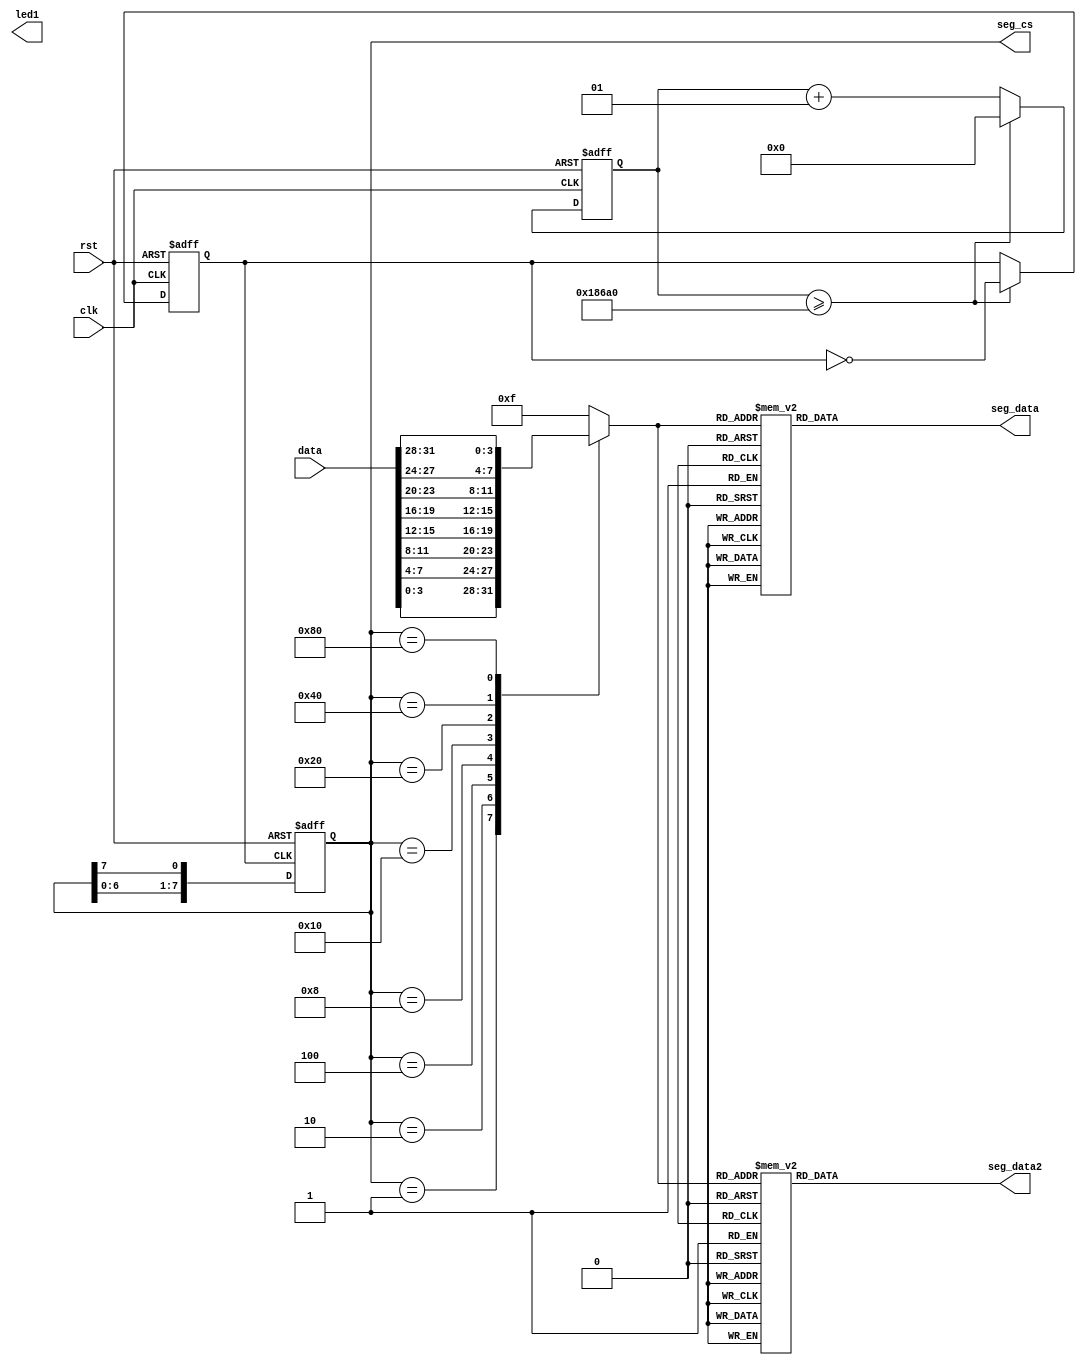
`timescale 1ns / 1ps
//////////////////////////////////////////////////////////////////////////////////
// Company: 
// Engineer: 
// 
// Design Name: 
// Module Name: number
// Project Name: 
// Target Devices: 
// Tool Versions: 
// Description: 
// 
// Dependencies: 
// 
// Revision:
// Revision 0.01 - File Created
// Additional Comments:
// 
//////////////////////////////////////////////////////////////////////////////////


module number(
    input   clk,rst,
    input   [31:0]data,
    output reg[7:0]seg_data,
    output reg[7:0]seg_data2,
    output reg[7:0]seg_cs,
    output  reg[5:0]led1
    );
    reg clk_500hz;
    integer clk_cnt;
    always @(posedge clk or negedge rst) 
        begin
        if(!rst)
            begin
            clk_500hz<=0;
            clk_cnt<=0;
            end
        else
            begin
            if(clk_cnt>=100_000)
                begin
                clk_cnt<=0;
                clk_500hz<=~clk_500hz;
                end
            else
                begin
                clk_cnt<=clk_cnt+1;
                end
            end
        end
    
    always @(posedge clk_500hz or negedge rst) 
        begin
        if(!rst) seg_cs<=8'b00000001;
        else    seg_cs<={seg_cs[6:0],seg_cs[7]};
        end

    reg[7:0]dis_data;
    always @(seg_cs) 
        begin
        case(seg_cs)
        8'b00000001:dis_data=data[3:0];
        8'b00000010:dis_data=data[7:4];
        8'b00000100:dis_data=data[11:8];
        8'b00001000:dis_data=data[15:12];
        8'b00010000:dis_data=data[19:16];
        8'b00100000:dis_data=data[23:20];
        8'b01000000:dis_data=data[27:24];
        8'b10000000:dis_data=data[31:28];
        default:dis_data=4'hf;
        endcase
        end

    // reg [7:0] seg_data; 
    always @(dis_data )
        begin
        case(dis_data )
        04'h0: seg_data = 8'h3F;
        04'h1: seg_data = 8'h06;
        04'h2: seg_data = 8'h5B;
        04'h3: seg_data = 8'h4F;
        04'h4: seg_data = 8'h66;
        04'h5: seg_data = 8'h6D;
        04'h6: seg_data = 8'h7D;
        04'h7: seg_data = 8'h07;
        04'h8: seg_data = 8'h7F;
        04'h9: seg_data = 8'h6F;
        04'ha: seg_data = 8'h77;
        04'hb: seg_data = 8'h7C;
        04'hc: seg_data = 8'h39;
        04'hd: seg_data = 8'h5E;
        04'he: seg_data = 8'h79;
        04'hf: seg_data = 8'h40;    //7140 -
        default: seg_data = 8'h40;
        endcase
        case(dis_data )
        04'h0: seg_data2 = 8'h3F;
        04'h1: seg_data2 = 8'h06;
        04'h2: seg_data2 = 8'h5B;
        04'h3: seg_data2 = 8'h4F;
        04'h4: seg_data2 = 8'h66;
        04'h5: seg_data2 = 8'h6D;
        04'h6: seg_data2 = 8'h7D;
        04'h7: seg_data2 = 8'h07;
        04'h8: seg_data2 = 8'h7F;
        04'h9: seg_data2 = 8'h6F;
        04'ha: seg_data2 = 8'h77;
        04'hb: seg_data2 = 8'h7C;
        04'hc: seg_data2 = 8'h39;
        04'hd: seg_data2 = 8'h5E;
        04'he: seg_data2 = 8'h79;
        04'hf: seg_data2 = 8'h40;   //7140-
        default: seg_data2 = 8'h40;
        endcase
        end

endmodule